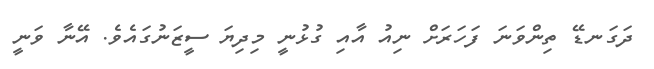
ދަގަނޑޭ ތިންވަނަ ފަހަރަށް ނިއު އާއި ގުޅުނީ މިދިޔަ ސީޒަނުގައެވެ. އޭނާ ވަނީ